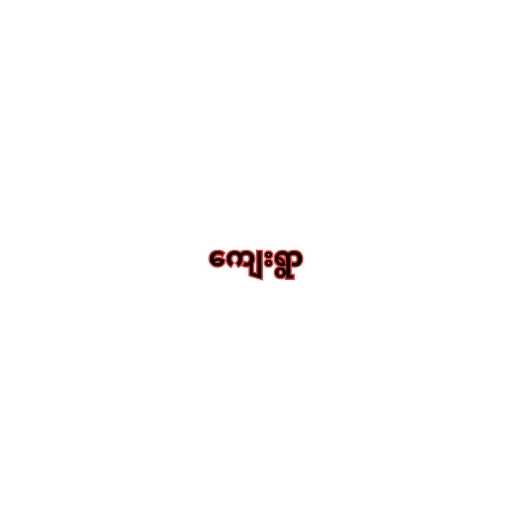
ကျေးရွာ